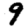
Digit: 9